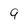
Character: g